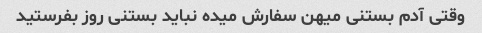
وقتی آدم بستنی میهن سفارش میده نباید بستنی روز بفرستید